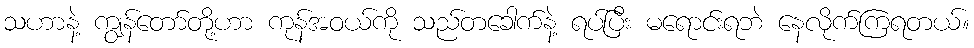
သဟာနဲ့ ကျွန်တော်တို့ဟာ ကုန်အဝယ်ကို သည်တခေါက်နဲ့ ရပ်ပြီး မရောင်းရဘဲ နေလိုက်ကြရတယ်။